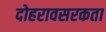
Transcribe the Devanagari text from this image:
दोहरावसरकता